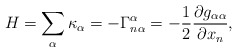
\begin{align*} H =\sum_\alpha \kappa_\alpha = -\Gamma^{\alpha}_{n\alpha} = -\frac{1}{2}\frac{\partial g_{\alpha\alpha}}{\partial x_n},\end{align*}